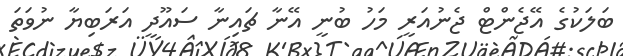
ބަލަކުގެ އޭޖެންޓް ޖެނުއަރީ މަހު ބުނީ އޭނާ ޗައިނާ ސައޫދީ އަރަބިޔާ ނުވަތަ